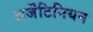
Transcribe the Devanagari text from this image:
अर्जेंटिनियन